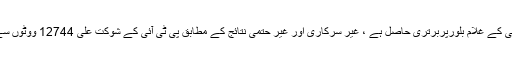
این اے31 پشاور: پی ٹی آئی کے شوکت علی کو اے این پی کے غلام بلورپربرتری حاصل ہے ، غیر سرکاری اور غیر حتمی نتائج کے مطابق پی ٹی آئی کے شوکت علی 12744 ووٹوں سے آگے، اے این پی کے غلام بلور نے شکست تسلیم کرلی۔